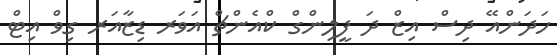
ހަދަންއޭ ދިސް އިޒް ދަ ފީލިންގް ކްއެންޗް އަވަރ ޑިޒާއަރ ގިވް އިޓް